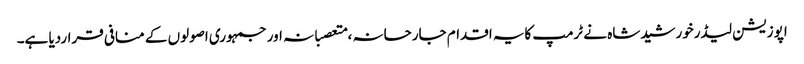
اپوزیشن لیڈرخورشیدشاہ نے ٹرمپ کایہ اقدام جارحانہ ،متعصبانہ اورجمہوری اصولوں کے منافی قراردیا ہے۔